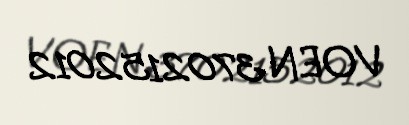
VOEN 3702152012